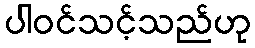
ပါဝင်သင့်သည်ဟု